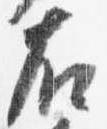
右